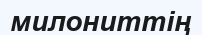
милониттің